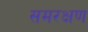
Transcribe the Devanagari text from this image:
समरक्षण